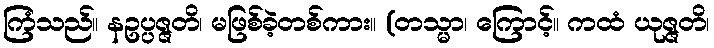
ကြံသည်။ နဥပ္ပဇ္ဇတိ၊ မဖြစ်ခဲ့တစ်ကား။ (တသ္မာ၊ ကြောင့်။ ကထံ ယုဇ္ဇတိ၊